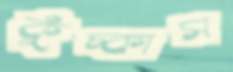
কুঁচ্‌কাস